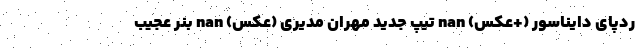
ردپای دایناسور (+عکس) nan تیپ جدید مهران مدیری (عکس) nan بنر عجیب